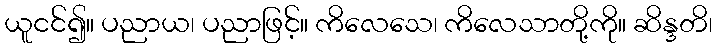
ယူငင်၍။ ပညာယ၊ ပညာဖြင့်။ ကိလေသေ၊ ကိလေသာတို့ကို။ ဆိန္ဒတိ၊